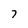
Character: 7